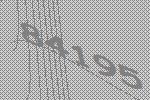
84195